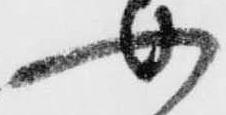
如